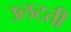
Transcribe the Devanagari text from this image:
उलटती